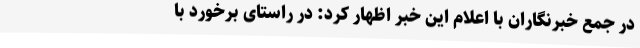
در جمع خبرنگاران با اعلام این خبر اظهار کرد: در راستای برخورد با